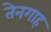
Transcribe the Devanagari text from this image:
तेनगाह